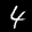
Label: 4